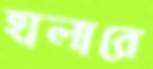
হালারে